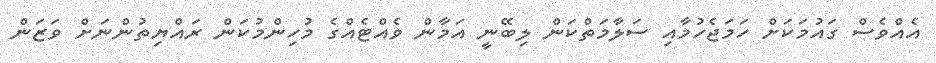
އެއްވެސް ގައުމަކަށް ހަމަޖެހުމާއި ސަލާމަތްކަން ލިބޭނީ އަމާން ވެއްޓެއްގެ މުހިންމުކަން ރައްޔިތުންނަށް ވަޒަން